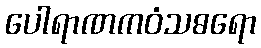
ပေါရာဏကဝံသဓရော